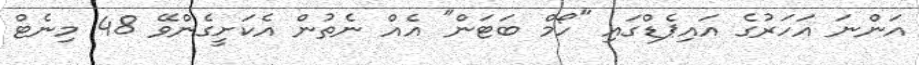
އަންނަ އަހަރުގެ އައިޕެޑްގައި "ހޯމް ބަޓަން" އެއް ނެތުން އެކަށީގެންވޭ 48 މިނެޓް